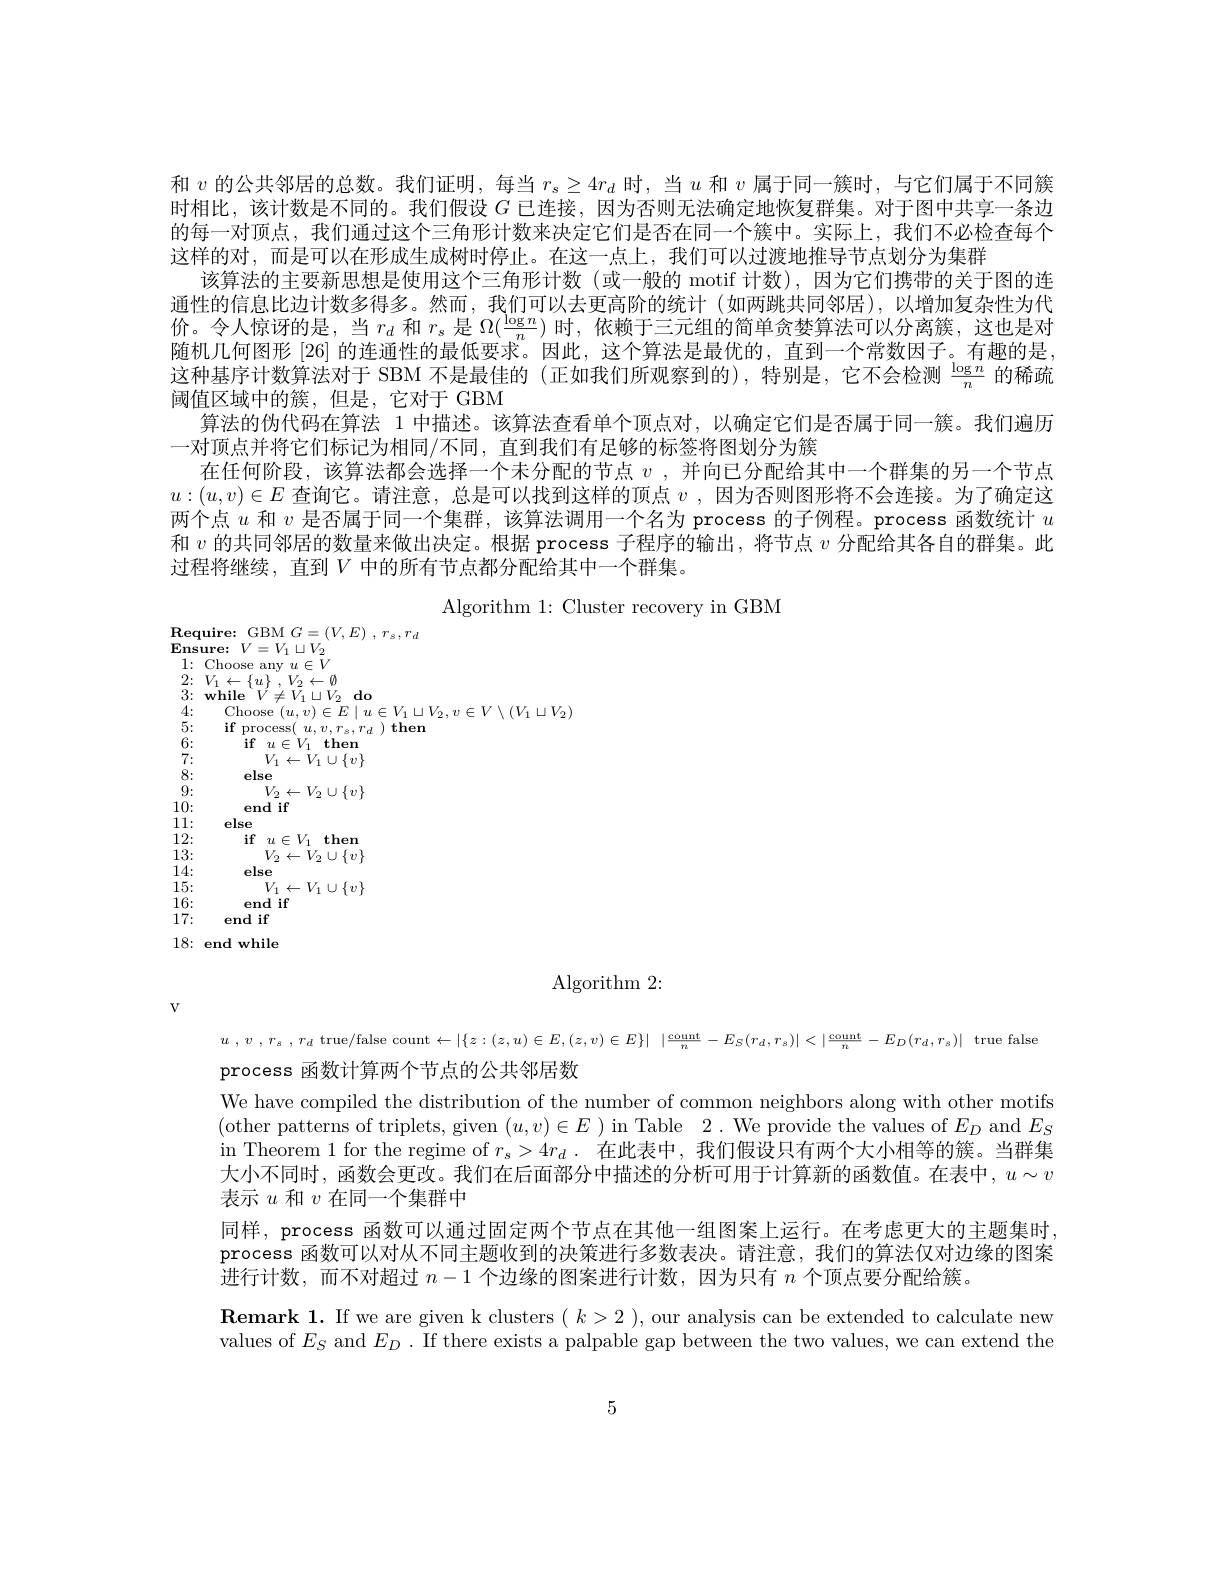
和$v$的公共邻居的总数。我们证明，每当$r_s\geq4r_d$时，当$u$和$v$属于同一簇时，与它们属于不同簇时相比，该计数是不同的。我们假设$G$已连接，因为否则无法确定地恢复群集。对于图中共享一条边的每一对顶点，我们通过这个三角形计数来决定它们是否在同一个簇中。实际上，我们不必检查每个这样的对，而是可以在形成生成树时停止。在这一点上，我们可以过渡地推导节点划分为集群
该算法的主要新思想是使用这个三角形计数(或一般的 motif 计数),因为它们携带的关于图的连通性的信息比边计数多得多。然而，我们可以去更高阶的统计(如两跳共同邻居),以增加复杂性为代价。令人惊讶的是，当$r_d$和$r_s$是$\Omega(\frac{\log n}n)$时，依赖于三元组的简单贪婪算法可以分离簇，这也是对随机几何图形 [26] 的连通性的最低要求。因此，这个算法是最优的，直到一个常数因子。有趣的是， 这种基序计数算法对于 SBM 不是最佳的 (正如我们所观察到的),特别是，它不会检测$\frac{\log n}n$的稀疏阈值区域中的簇，但是，它对于 GBM
算法的伪代码在算法 1 中描述。该算法查看单个顶点对，以确定它们是否属于同一簇。我们遍历
一对顶点并将它们标记为相同/不同，直到我们有足够的标签将图划分为簇
在任何阶段，该算法都会选择一个未分配的节点$v$ ,并向已分配给其中一个群集的另一个节点$u:(u,v)\in E$查询它。请注意，总是可以找到这样的顶点$v$,因为否则图形将不会连接。为了确定这两个点$u$和$v$是否属于同一个集群，该算法调用一个名为 process 的子例程。process 函数统计$u$ 和$v$的共同邻居的数量来做出决定。根据 process 子程序的输出，将节点$v$分配给其各自的群集。此过程将继续，直到$V$ 中的所有节点都分配给其中一个群集。
Algorithm 1: Cluster recovery in GBM

$\begin{array}{l}\mathrm{Require:~GBM~}G=(V,E)~,~r_{s},r_{d}\\\mathrm{Ensure:~}V=V_{1}\sqcup V_{2}\end{array}$
$\begin{array}{ll}1:&\text{Choose any}\:u\in\bar{V}\\2:&V_{1}\leftarrow\{u\}\:,\:V_{2}\leftarrow\emptyset\\3:&\textbf{while}\:V\neq V_{1}\sqcup V_{2}\:\textbf{do}\end{array}$
4:
$\operatorname{Choose}\left(u,v\right)\in E\mid u\in V_{1}\sqcup V_{2},v\in V\setminus\left(V_{1}\sqcup V_{2}\right)$
5:
$\begin{array}{ll}{\textbf{if}}&{\text{process(}\:u,v,r_{s},r_{d}\:)}\\{\textbf{if}\:u\in V_{1}}&{\textbf{then}}\end{array}$
$\stackrel{{\tilde{6}}}{\tilde{6}}\colon$ $\tilde{7}:$
$\begin{array}{ll}{{V_{1}\leftarrow V_{1}\cup\{v\}}}\\{{V_{1}\leftarrow V_{1}\cup\{v\}}}\end{array}$
8:
else
9:
$V_{2}\leftarrow V_{2}\cup\{v\}$
10:
end if
11:
else
12:
$\begin{array}{cc}{\mathrm{if}}&{u\in V_{1}}&{\mathbf{then}}\\&{V_{2}\leftarrow V_{2}\cup\{v\}}\end{array}$
13: 14:
$\begin{array}{c}{\mathrm{else}}\\{V_{1}\leftarrow V_{1}\cup\{v\}}\end{array}$
15: 16:
end if
17:
end if
$18\colon$end while
Algorithm 2:

$V$

$u$ $, v$ , $r_{s}$ , $r_{d}$ true/false count$\leftarrow | \{ z: ( z, u) \in E, ( z, v) \in E\} |$ $| \frac {\text{count}}n- E_{S}( r_{d}, r_{s}) | < | \frac {\text{count}}n- E_{D}( r_{d}, r_{s}) |$ true false
process 函数计算两个节点的公共邻居数
We have compiled the distribution of the number of common neighbors along with other motifs $(\bar{\text{other patterns of triplets, given }}(u,v)\in E$ )in Table $2.\bar\text{ We provide the values of }E_D$ and $E_S$ in Theorem 1 for the regime of $r_s>4r_d.$在此表中，我们假设只有两个大小相等的簇。当群集大小不同时，函数会更改。我们在后面部分中描述的分析可用于计算新的函数值。在表中，$u\sim v$ 表示$u$和$v$在同一个集群中
同样，process 函数可以通过固定两个节点在其他一组图案上运行。在考虑更大的主题集时， process 函数可以对从不同主题收到的决策进行多数表决。请注意，我们的算法仅对边缘的图案进行计数，而不对超过$n-1$个边缘的图案进行计数，因为只有$n$个顶点要分配给簇。
$\textbf{Remark 1. If we are given k clusters }( \begin{array} { c } k> 2\end{array} ) $,our analysis can be extended to calculate new values of $E_S$ and $E_D.$ If there exists a palpable gap between the two values, we can extend the

5